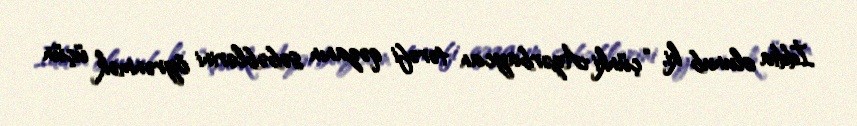
İddia olunub ki, “çünki Azərbaycan tərəfi qəzanın səbəblərini öyrənmək üçün